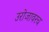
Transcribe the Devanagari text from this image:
उरोजावरच